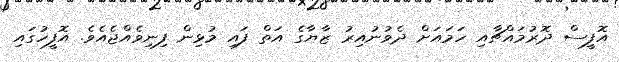
އޮފީސް ދޮރުމައްޗާއި ހަމައަށް ދެވުނުއިރު ޒާޔާގެ އަތް ފައި މުޅިން ފިނިވެއްޖެއެވެ. އޮފީހުގައި